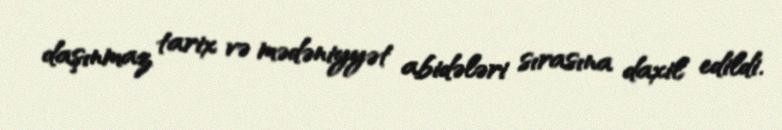
daşınmaz tarix və mədəniyyət abidələri sırasına daxil edildi.